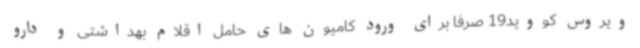
ویروس کووید19 صرفا برای ورود کامیون های حامل اقلام بهداشتی و دارو